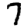
Digit: 7